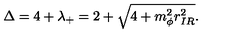
\Delta = 4 + \lambda _ { + } = 2 + \sqrt { 4 + m _ { \phi } ^ { 2 } r _ { I R } ^ { 2 } } .